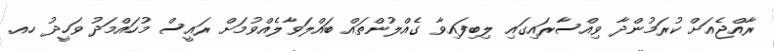
ރާއްޖެއަށް ކުރަމުންދާ ވިއްސާރައިގައި ލިބިފައިވާ ގެއްލުންތައް ބައްލަވާލެއްވުމަށް ރައީސް މުހައްމަދު ވަހީދު ހއ.